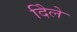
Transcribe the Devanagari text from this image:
दिेले